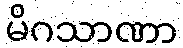
မိဂသာဏာ